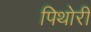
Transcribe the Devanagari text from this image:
पिथोरी